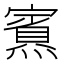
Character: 𪹿